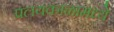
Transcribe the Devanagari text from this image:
प्रलयकाळामध्ये